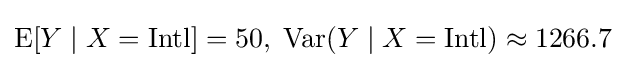
\operatorname {E} [Y\mid X={\text{Intl}}]=50,\;\operatorname {Var} (Y\mid X={\text{Intl}})\approx 1266.7